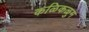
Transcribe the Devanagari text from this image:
कळिकळुम